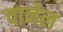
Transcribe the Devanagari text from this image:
चानेल